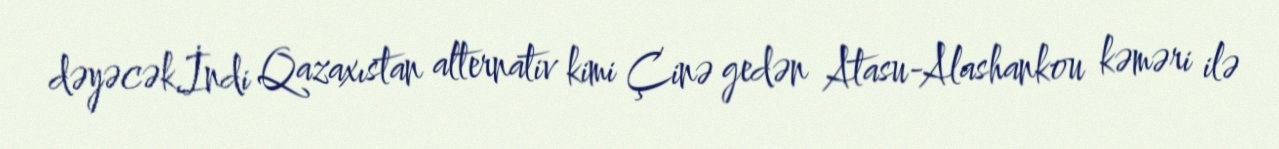
dəyəcək.İndi Qazaxıstan alternativ kimi Çinə gedən Atasu-Alashankou kəməri ilə